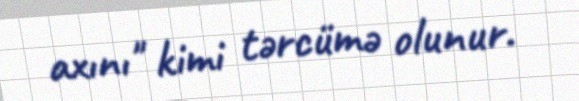
axını" kimi tərcümə olunur.